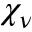
\chi _ { \nu }